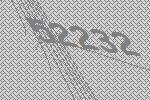
52232